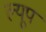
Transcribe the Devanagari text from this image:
ल्यूप